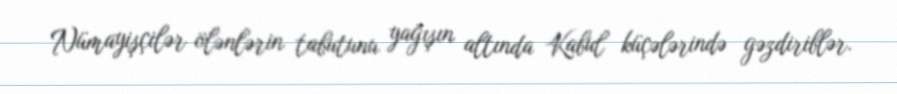
Nümayişçilər ölənlərin tabutunu yağışın altında Kabul küçələrində gəzdiriblər.